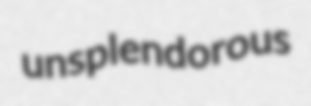
unsplendorous